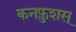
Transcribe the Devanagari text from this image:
कनफ़ुशस्